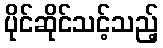
ပိုင်ဆိုင်သင့်သည့်